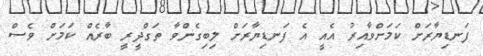
ފަނޑިޔާރަށް ކަމަށްވާއިރު އެއީ އެ ފަނޑިޔާރަށް ލިބިގެންވާ ތަގްދީރީ ބާރެއް ކަމަށް ވެސް